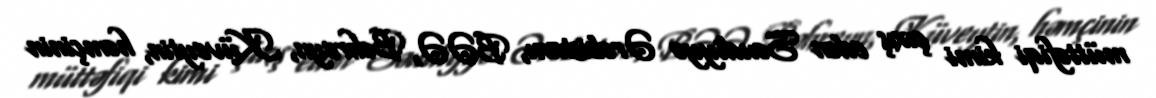
müttəfiqi kimi çıxış edən Səudiyyə Ərəbistanı, BƏƏ, Bəhreyn, Küveytin, həmçinin